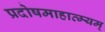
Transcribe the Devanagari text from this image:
प्रदोषमाहात्म्यम्